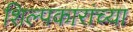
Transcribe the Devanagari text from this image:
शिल्पकारांच्या